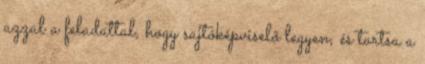
azzal a feladattal, hogy sajtóképviselő legyen, és tartsa a